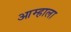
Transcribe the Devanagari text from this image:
आम्‍हाला